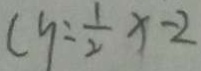
( y = \frac { 1 } { 2 } x - 2